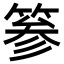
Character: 𥮾